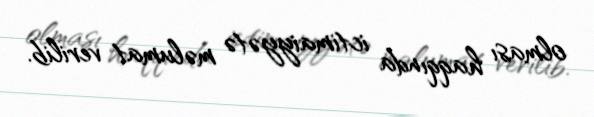
olması haqqında ictimaiyyətə məlumat verilib.